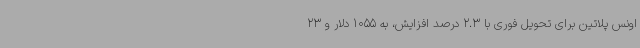
اونس پلاتین برای تحویل فوری با 2.3 درصد افزایش، به 1055 دلار و 23